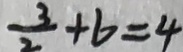
\frac { 3 } { 2 } + b = 4